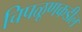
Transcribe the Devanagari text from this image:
चिपळूणकडील